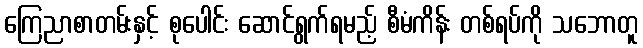
ကြေညာစာတမ်းနှင့် စုပေါင်း ဆောင်ရွက်ရမည့် စီမံကိန်း တစ်ရပ်ကို သဘောတူ